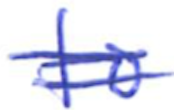
Text: to
Cross-out: double-line
Writing tool: ballpoint